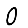
Digit: 0